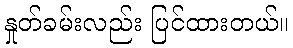
နှုတ်ခမ်းလည်း ပြင်ထားတယ်။